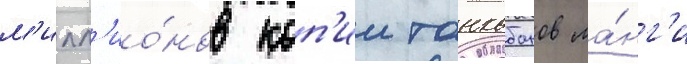
м'илл'ио́нов коп'ии танкобонов ма́нг'и